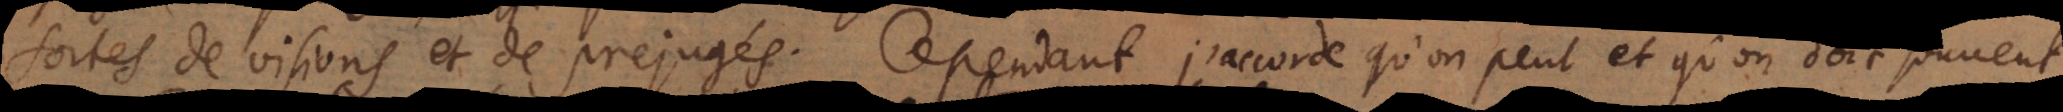
sortes de visions et de prejugés. Cependant j’accorde et mêmes je trouve souvent